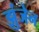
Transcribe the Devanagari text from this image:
झुंजेन